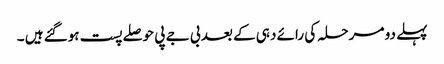
پہلے دو مرحلہ کی رائے دہی کے بعد بی جے پی حوصلے پست ہوگئے ہیں ۔